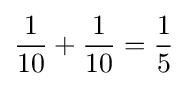
{\frac {1}{10}}+{\frac {1}{10}}={\frac {1}{5}}